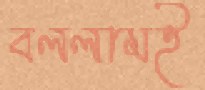
বললামই